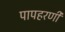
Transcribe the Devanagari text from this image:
पापहरणी